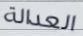
العدالة